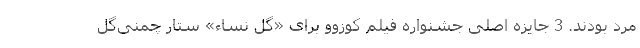
مرد بودند. 3 جایزه اصلی جشنواره فیلم کوزوو برای «گل نساء» ستار چمنی‌گل